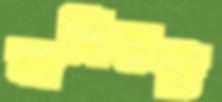
কালিহাটি